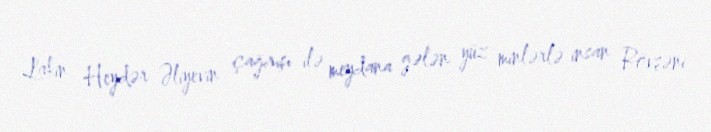
Lakin Heydər Əliyevin çağırışı ilə meydana gələn yüz minlərlə insan Rövşəni